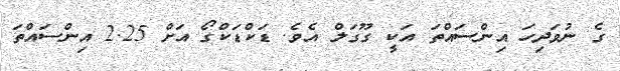
ގެ ނުވަދިހަ އިންސައްތަ އަކީ ގޫގަލް އެވެ. ޑަކްޑަކްގޯ އަށް 2.25 އިންސައްތަ